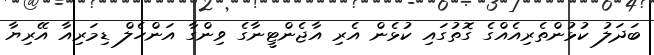
ބަދަލު ކުޅުންތެރިއެއްގެ ގޮތުގައި ކުޅެން އެރި އާޖެންޓީނާގެ ވިންގާ އަންހެލް ޑިމަރިއާ އޭރިޔާ